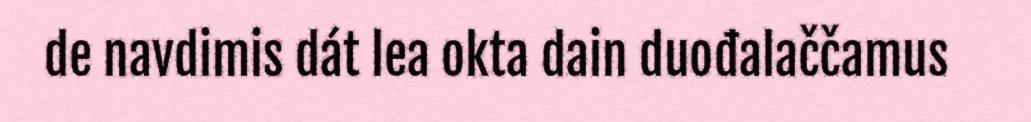
de navdimis dát lea okta dain duođalaččamus